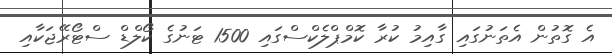
އެ ގޮތުން އެތަނުގައި ގާއިމު ކުރާ ކޮމްޕްލެކްސްގައި 1500 ޓަނުގެ ކޯލްޑް ސްޓޯރޭޖަކާއި